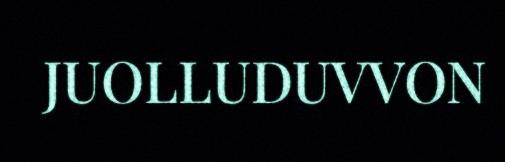
JUOLLUDUVVON